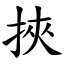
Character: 挾